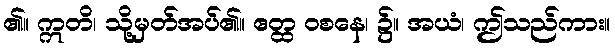
၏။ ဣတိ၊ သို့မှတ်အပ်၏။ ဧတ္ထ ဝစနေ၊ ၌။ အယံ၊ ဤသည်ကား။